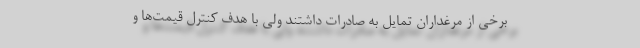
برخی از مرغداران تمایل به صادرات داشتند ولی با هدف کنترل قیمت‌ها و